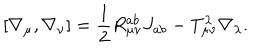
[ \nabla _ { \mu } , \nabla _ { \nu } ] = \frac { 1 } { 2 } R _ { \mu \nu } ^ { a b } J _ { a b } - T _ { \mu \nu } ^ { \lambda } \nabla _ { \lambda } .